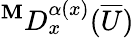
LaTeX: ^\mathbf{M}D_{x}^{\alpha(x)}(\overline{{{U}}})